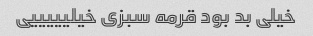
خیلی بد بود قرمه سبزی خیلیییییی